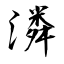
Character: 潾